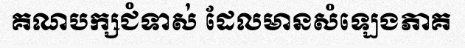
គណបក្សជំទាស់ ដែលមានសំឡេងភាគ